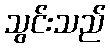
သွင်းသည်